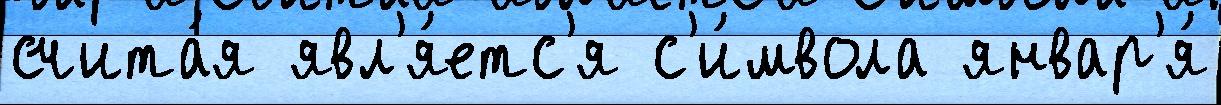
счита́я явл'я́етс'я с'и́мвола январ'я́